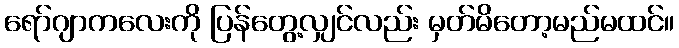
ရော်ဂျာကလေးကို ပြန်တွေ့လျှင်လည်း မှတ်မိတော့မည်မထင်။